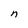
Character: n